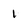
Character: 1